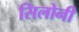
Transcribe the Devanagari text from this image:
सिलोनी